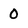
Character: 0